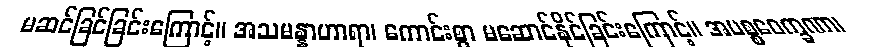
မဆင်ခြင်ခြင်းကြောင့်။ အသမန္နာဟာရာ၊ ကောင်းစွာ မဆောင်နိုင်ခြင်းကြောင့်။ အပစ္စဝေက္ခဏာ၊